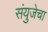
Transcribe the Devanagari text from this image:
संयुजेचा